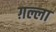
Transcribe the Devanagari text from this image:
ग़ल्ला